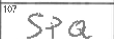
Transcription: SPQ